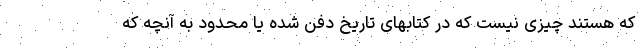
که هستند چیزی نیست که در کتابهای تاریخ دفن شده یا محدود به آنچه که